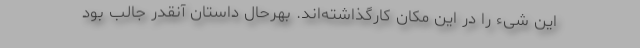
این شیء را در این مکان کارگذاشته‌اند. بهرحال داستان آنقدر جالب بود